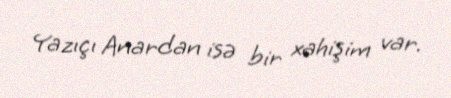
Yazıçı Anardan isə bir xahişim var.